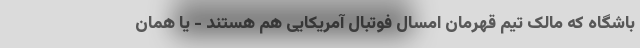
باشگاه که مالک تیم قهرمان امسال فوتبال آمریکایی هم هستند - یا همان